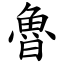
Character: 魯